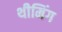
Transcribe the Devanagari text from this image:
थीमिंग